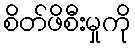
စိတ်ဖိစီးမှုကို